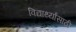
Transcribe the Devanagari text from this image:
विद्यार्थ्‍यांसाठी